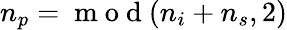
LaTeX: n_{p}=\mathrm{~m~o~d~}(n_{i}+n_{s},2)